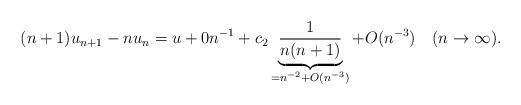
LaTeX: \begin{align*} (n+1) u_{n+1} - n u_n = u + 0 n^{-1} + c_2 \underbrace{\frac1{n(n+1)}}_{=n^{-2}+O(n^{-3})} + O(n^{-3})\quad(n\to\infty).\end{align*}